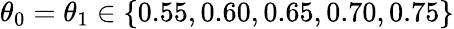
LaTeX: \theta_{0}=\theta_{1}\in\{ 0.55,0.60,0.65,0.70,0.75\}